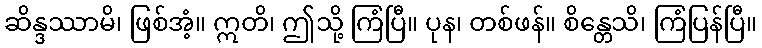
ဆိန္ဒဿာမိ၊ ဖြစ်အံ့။ ဣတိ၊ ဤသို့ ကြံပြီ။ ပုန၊ တစ်ဖန်။ စိန္တေသိ၊ ကြံပြန်ပြီ။